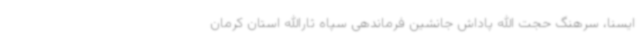
ایسنا، سرهنگ حجت الله پاداش جانشین فرماندهی سپاه ثارالله استان کرمان